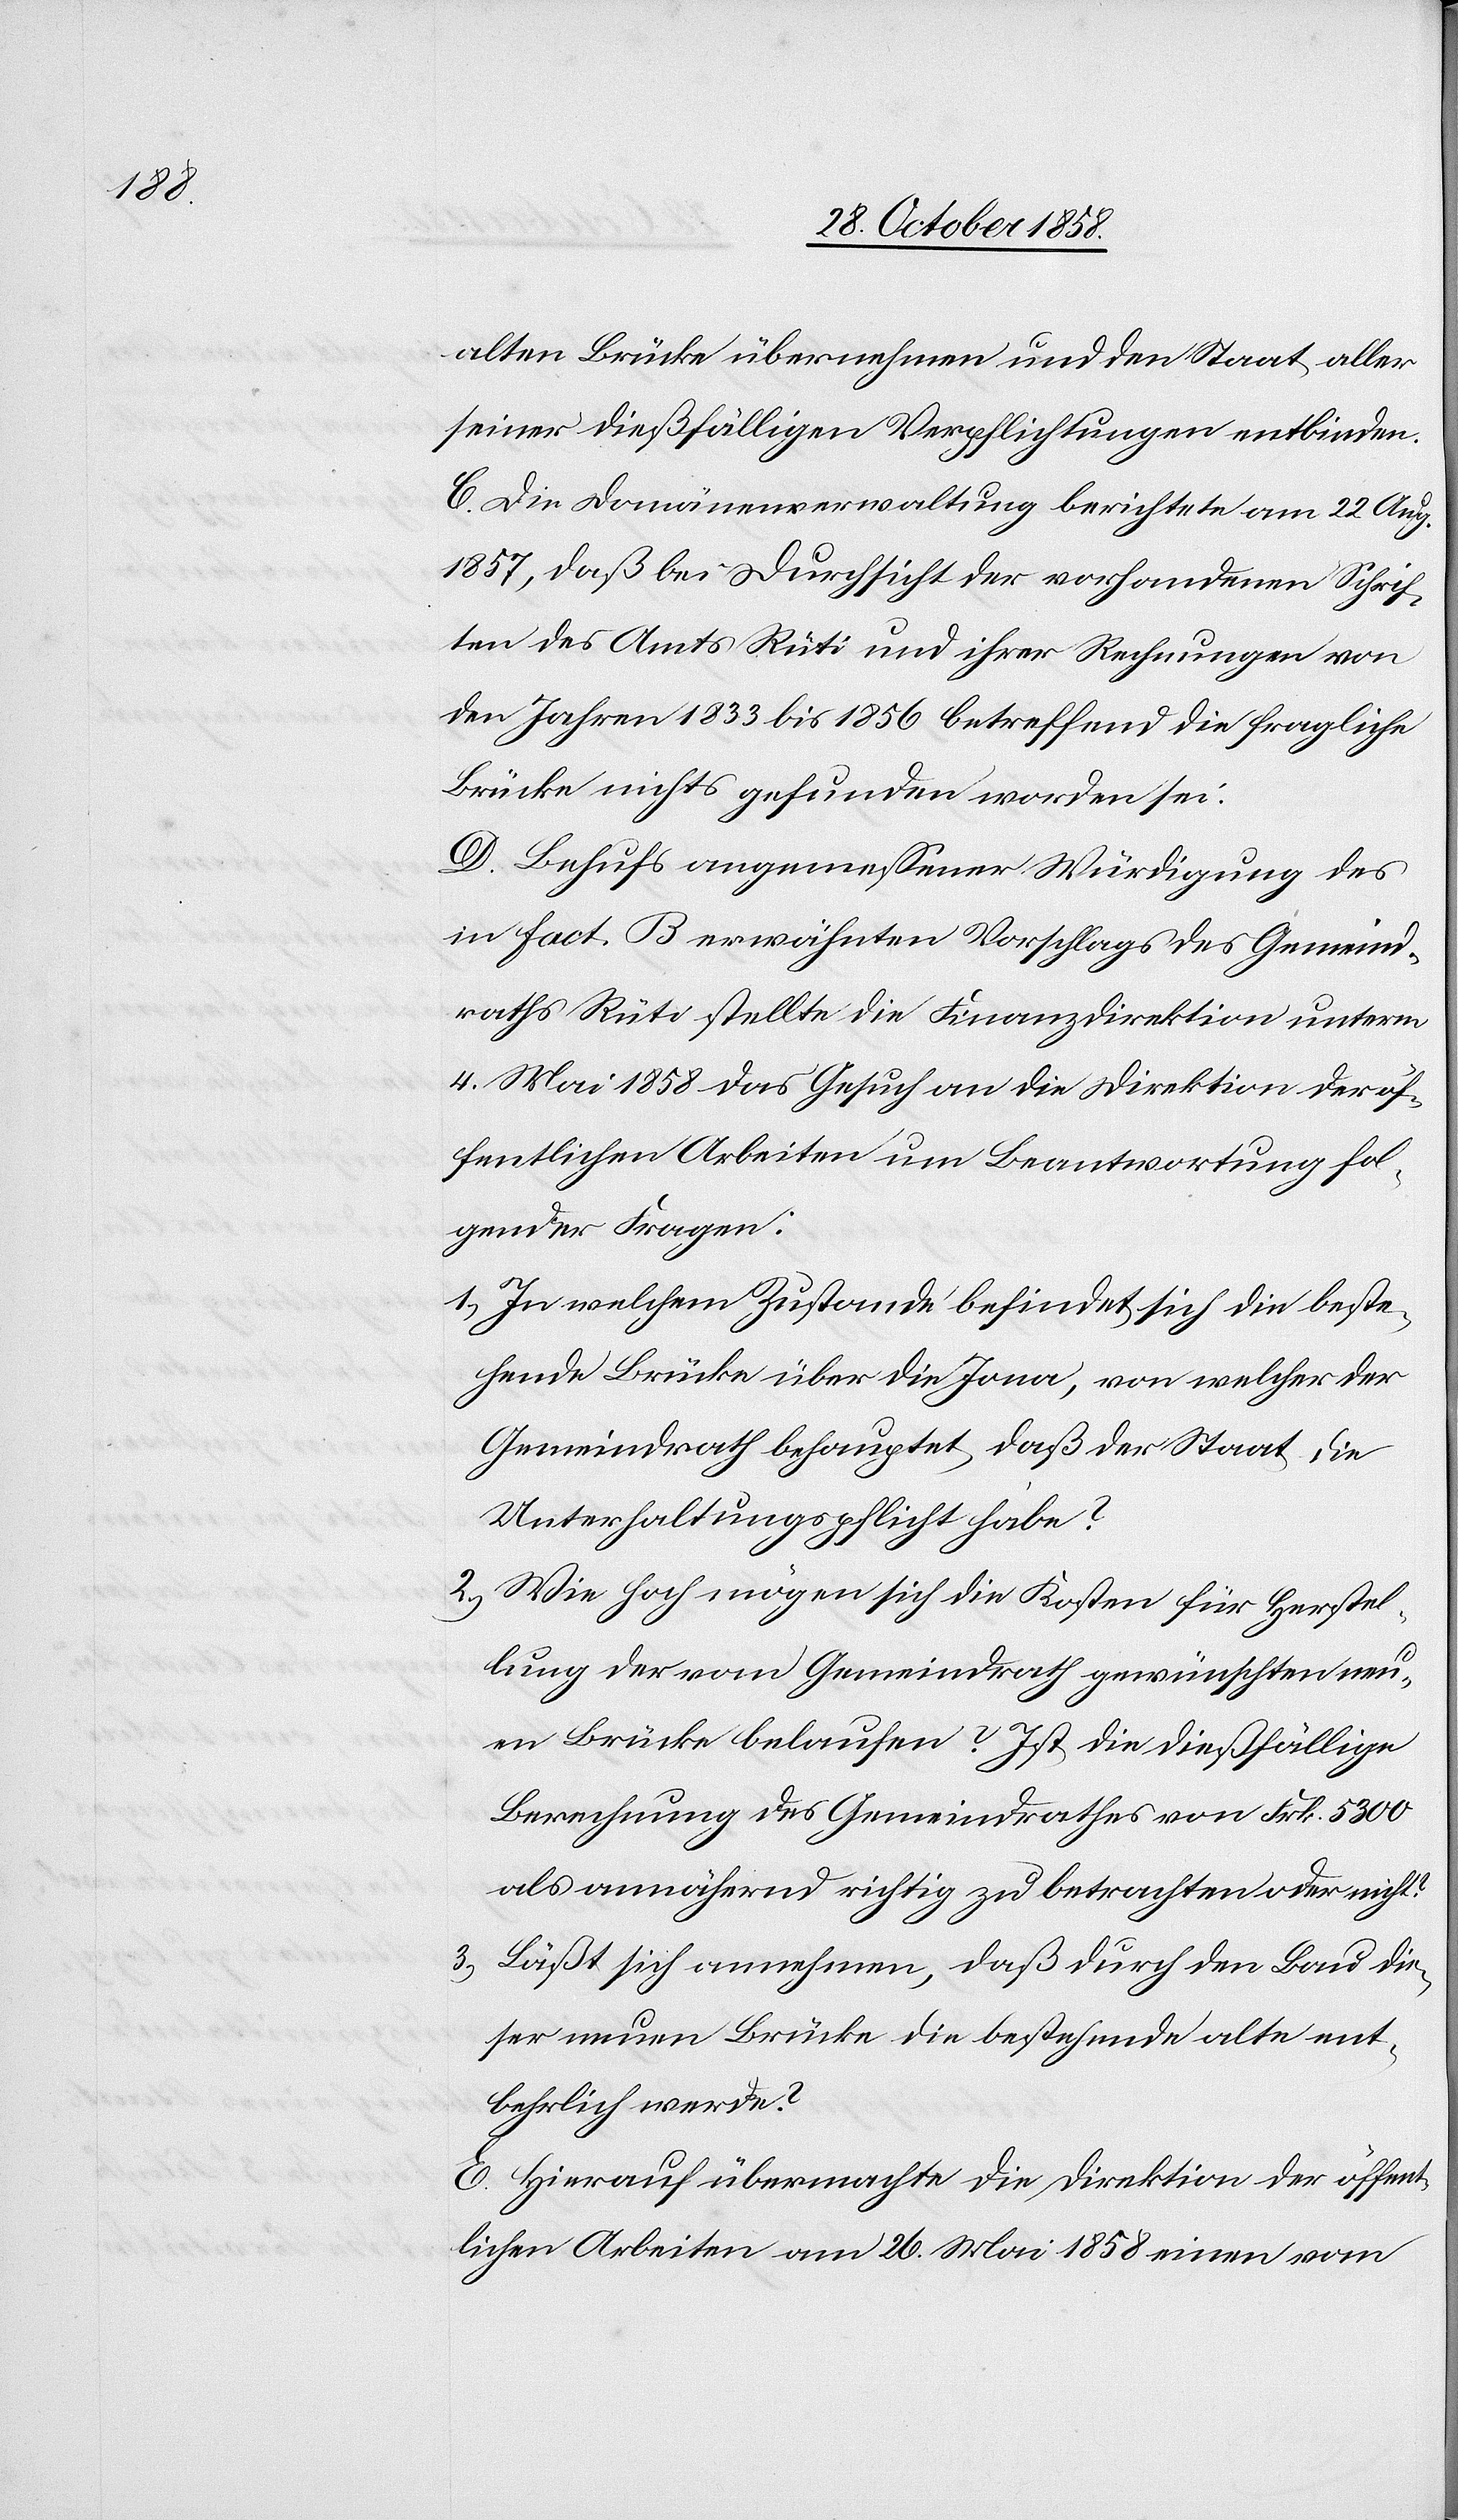
alten Brücke übernehmen und den Staat aller
seiner dießfälligen Verpflichtungen entbinden.
C. Die Domänenverwaltung berichtete am 22. Aug.
1857, daß bei Durchsicht der vorhandenen Schrif¬
ten des Amts Rüti und ihrer Rechnungen von
den Jahren 1833 bis 1856 betreffend die fragliche
Brücke nichts gefunden worden sei.
D. Behufs angemessener Würdigung des
in Fact. B erwähnten Vorschlags des Gemeind¬
raths Rüti stellte die Finanzdirektion unterm
4. Mai 1858 das Gesuch an die Direktion der öf¬
fentlichen Arbeiten um Beantwortung fol¬
gender Fragen:
In welchem Zustande befindet sich die beste¬
hende Brücke über die Jona, von welcher der
Gemeindrath behauptet, daß der Staat die
Unterhaltungspflicht habe?
Wie hoch mögen sich die Kosten für Herstel¬
lung der vom Gemeindrath gewünschten neu¬
en Brücke belaufen? Ist die dießfällige
Berechnung des Gemeindrathes von Frk. 5300
als annähernd richtig zu betrachten oder nicht?
Läßt sich annehmen, daß durch den Bau die¬
ser neuen Brücke die bestehende alte ent¬
behrlich werde?
E. Hierauf übermachte die Direktion der öffent¬
lichen Arbeiten am 26. Mai 1858 einen vom